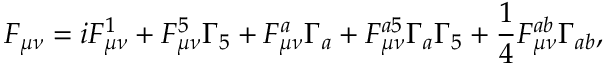
F _ { \mu \nu } = i F _ { \mu \nu } ^ { 1 } + F _ { \mu \nu } ^ { 5 } \Gamma _ { 5 } + F _ { \mu \nu } ^ { a } \Gamma _ { a } + F _ { \mu \nu } ^ { a 5 } \Gamma _ { a } \Gamma _ { 5 } + \frac { 1 } { 4 } F _ { \mu \nu } ^ { a b } \Gamma _ { a b } ,